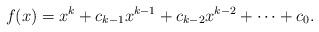
LaTeX: \begin{align*} f(x)=x^k+c_{k-1}x^{k-1}+c_{k-2}x^{k-2}+\cdots+c_0.\end{align*}